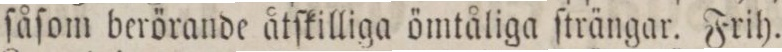
ſåſom berörande åtſkilliga ömtåliga ſträngar. Frih.